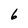
Character: 6